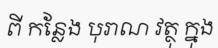
ពី កន្លែង បុរាណ វត្ថុ ក្នុង